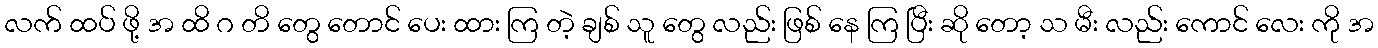
လက် ထပ် ဖို့ အ ထိ ဂ တိ တွေ တောင် ပေး ထား ကြ တဲ့ ချစ် သူ တွေ လည်း ဖြစ် နေ ကြ ပြီး ဆို တော့ သ မီး လည်း ကောင် လေး ကို အ